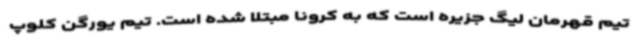
تیم قهرمان لیگ جزیره است که به کرونا مبتلا شده است. تیم یورگن کلوپ